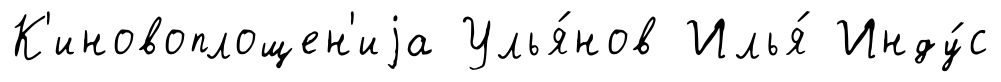
К'иновоплощен'иjа Улья́нов Илья́ Инду́с